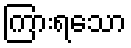
ကြားရသော